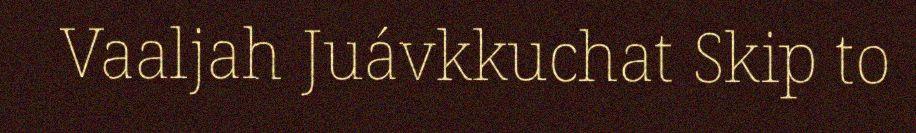
Vaaljah Juávkkuchat Skip to